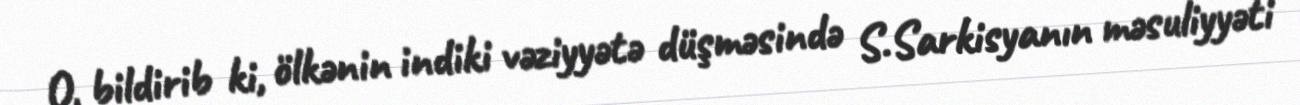
O, bildirib ki, ölkənin indiki vəziyyətə düşməsində S.Sarkisyanın məsuliyyəti